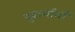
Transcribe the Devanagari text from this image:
पुढार्यांनी